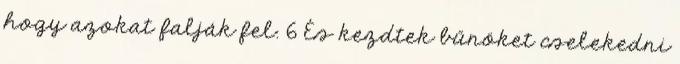
hogy azokat falják fel. 6 És kezdtek bűnöket cselekedni